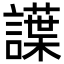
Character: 䜓